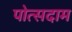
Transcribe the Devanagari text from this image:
पोत्सदाम